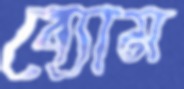
ব্যোম